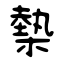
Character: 槷